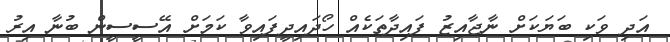
އަދި ވަކި ބަޔަކަށް ނާޖާއިޒު ފައިދާތަކެއް ހޯދައިދީފައިވާ ކަމަށް އޭސީސީން ބުނާ އިރު